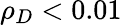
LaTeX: \rho_{D}<0.01